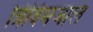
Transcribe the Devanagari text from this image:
त्रिविमजाल